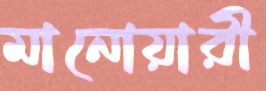
মানোয়ারী